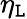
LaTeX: \eta_{\mathtt{L}}